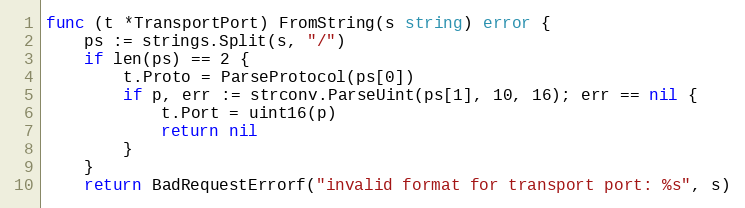
Language: Go
func (t *TransportPort) FromString(s string) error {
	ps := strings.Split(s, "/")
	if len(ps) == 2 {
		t.Proto = ParseProtocol(ps[0])
		if p, err := strconv.ParseUint(ps[1], 10, 16); err == nil {
			t.Port = uint16(p)
			return nil
		}
	}
	return BadRequestErrorf("invalid format for transport port: %s", s)